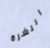
النشرة